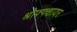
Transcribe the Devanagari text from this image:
श्रोफ्फ्शायर